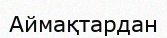
Аймақтардан